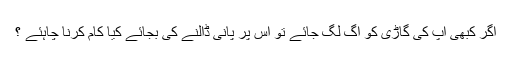
اگر کبھی آپ کی گاڑی کو آگ لگ جائے تو اس پر پانی ڈالنے کی بجائے کیا کام کرنا چاہئے ؟